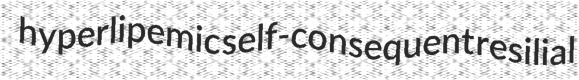
hyperlipemic self-consequent resilial